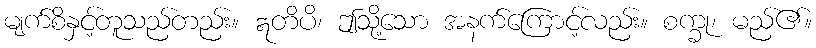
မျက်စိနှင့်တူသည်တည်း။ ဣတိပိ၊ ဤသို့သော အနက်ကြောင့်လည်း။ စက္ခု၊ မည်၏။